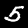
Digit: 5